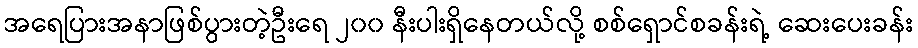
အရေပြားအနာဖြစ်ပွားတဲ့ဦးရေ ၂၀၀ နီးပါးရှိနေတယ်လို့ စစ်ရှောင်စခန်းရဲ့ ဆေးပေးခန်း